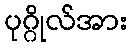
ပုဂ္ဂိုလ်အား